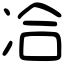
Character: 冾